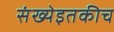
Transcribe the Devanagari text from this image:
संख्येइतकीच